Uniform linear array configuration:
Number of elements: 48
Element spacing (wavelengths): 0.75
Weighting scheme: hann
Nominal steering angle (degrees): -30
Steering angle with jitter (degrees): -30.324
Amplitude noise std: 0.05
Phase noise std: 0.05

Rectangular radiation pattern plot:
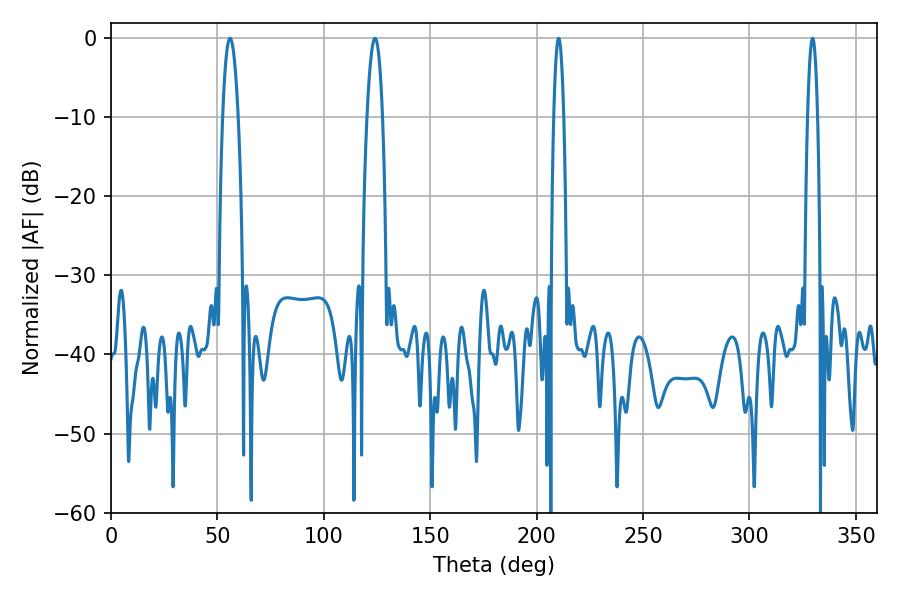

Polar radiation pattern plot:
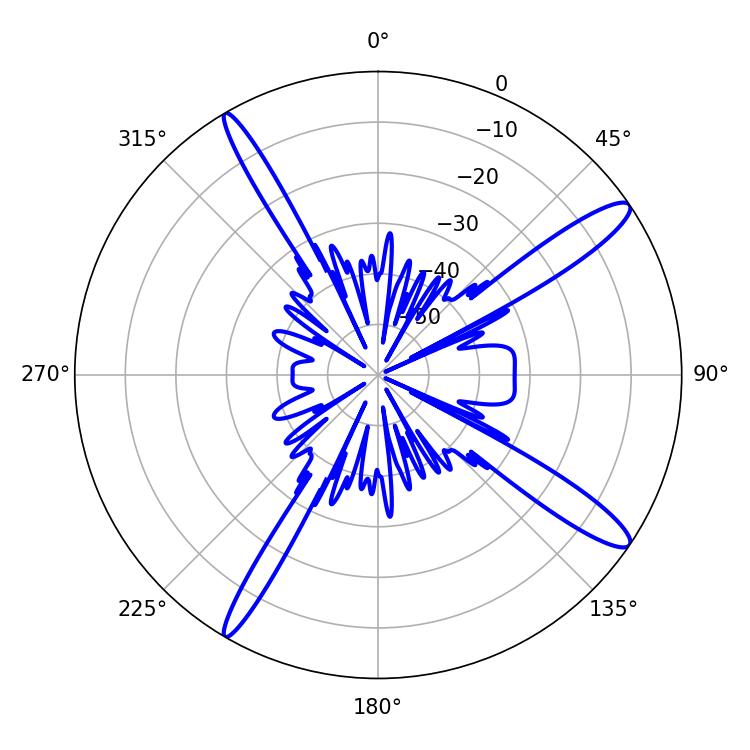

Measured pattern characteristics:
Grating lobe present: TRUE
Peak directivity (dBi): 14.162
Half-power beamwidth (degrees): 3.96
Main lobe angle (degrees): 55.98